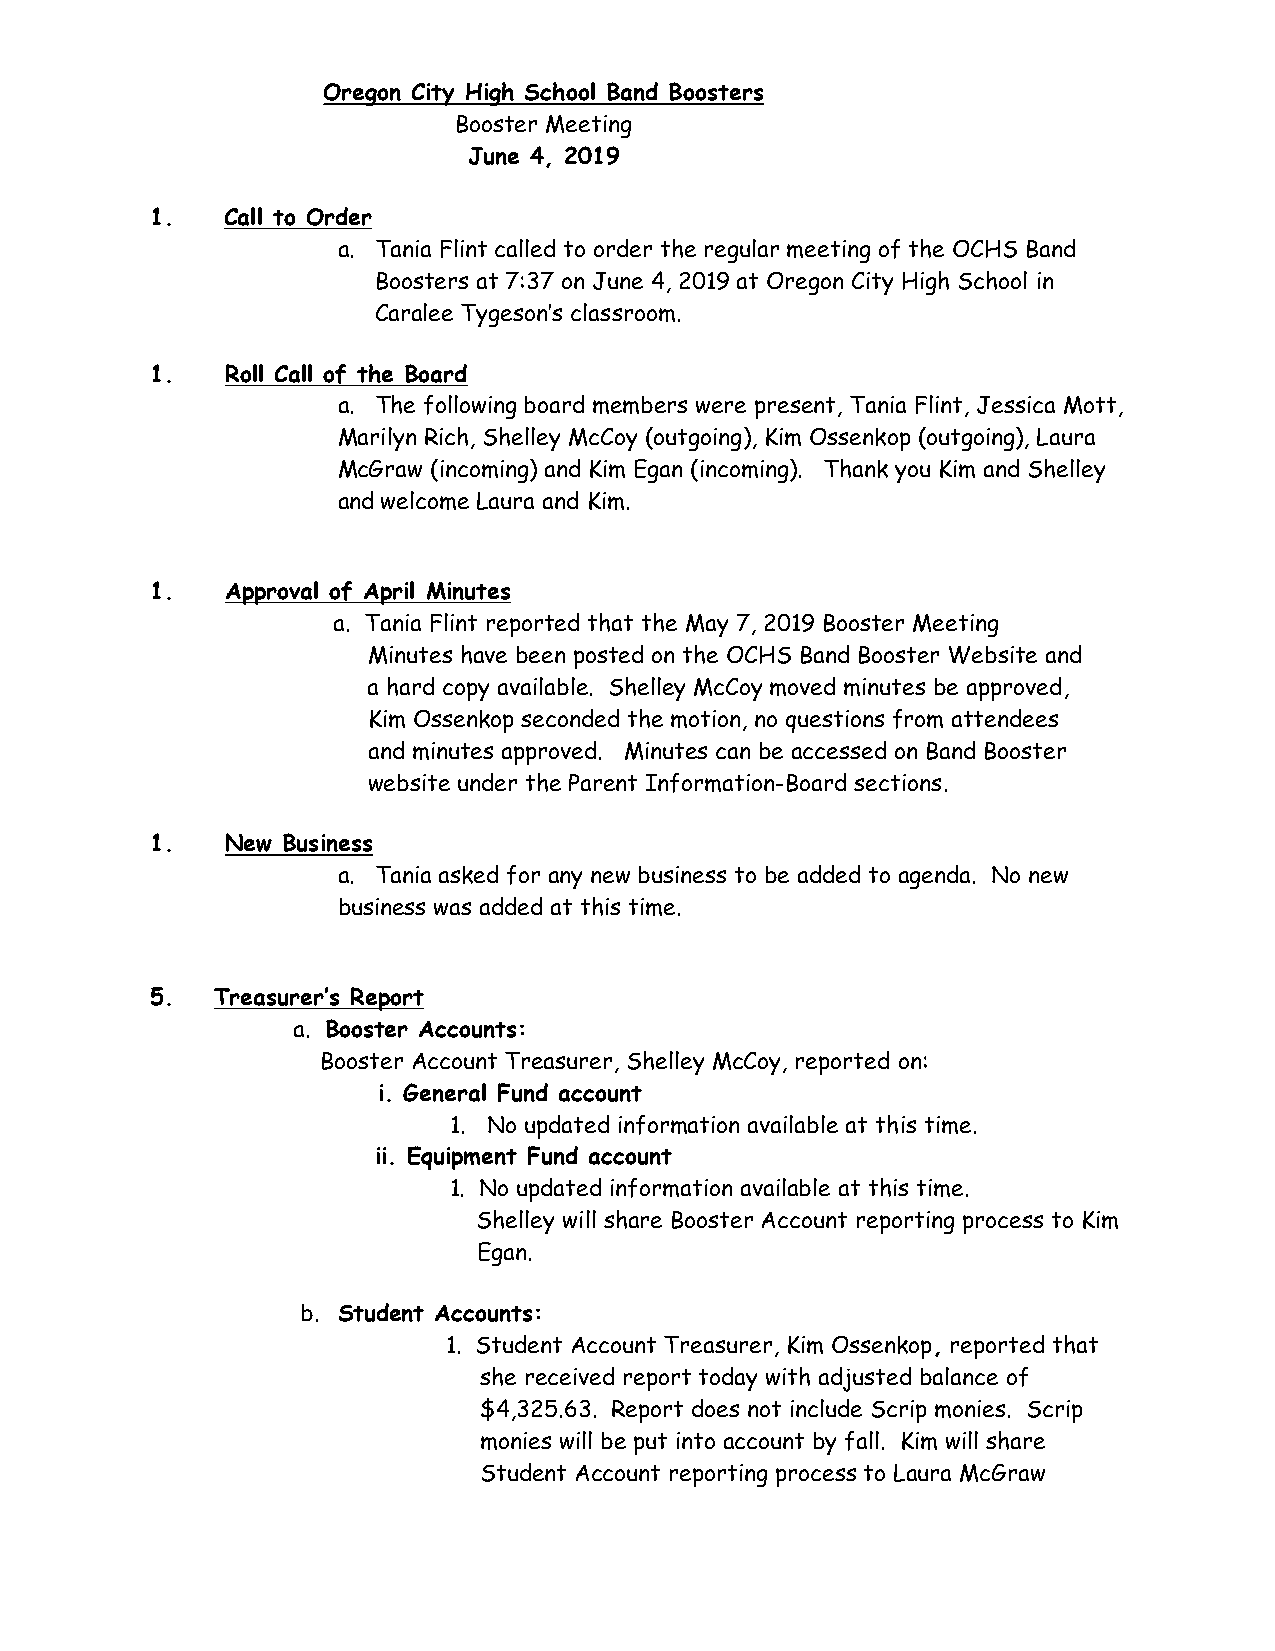
Oregon City High School Band Boosters
 Booster Meeting
 June 4, 2019
 1.   Call to Order
 a. Tania Flint called to order the regular meeting of the OCHS Band
 Boosters at 7:37 on June 4, 2019 at Oregon City High School in
 Caralee Tygeson’s classroom.
 1.   Roll Call of the Board
 a. The following board members were present, Tania Flint, Jessica Mott,
 Marilyn Rich, Shelley McCoy (outgoing), Kim Ossenkop (outgoing), Laura
 McGraw (incoming) and Kim Egan (incoming). Thank you Kim and Shelley
 and welcome Laura and Kim.
 1.   Approval of April Minutes
 a. Tania Flint reported that the May 7, 2019 Booster Meeting
 Minutes have been posted on the OCHS Band Booster Website and
 a hard copy available. Shelley McCoy moved minutes be approved,
 Kim Ossenkop seconded the motion, no questions from attendees
 and minutes approved. Minutes can be accessed on Band Booster
 website under the Parent Information-Board sections.
 1.   New Business
 a. Tania asked for any new business to be added to agenda. No new
 business was added at this time.
 5.  Treasurer’s Report
 a. Booster Accounts:
 Booster Account Treasurer, Shelley McCoy, reported on:
 i. General Fund account
 1. No updated information available at this time.
 ii. Equipment Fund account
 1. No updated information available at this time.
 Shelley will share Booster Account reporting process to Kim
 Egan.
 b. Student Accounts:
 1. Student Account Treasurer, Kim Ossenkop, reported that
 she received report today with adjusted balance of
 $4,325.63. Report does not include Scrip monies. Scrip
 monies will be put into account by fall. Kim will share
 Student Account reporting process to Laura McGraw